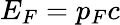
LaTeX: E_{F}=p_{F}c